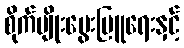
စိုက်ပျိုးမွေးမြူရေးနှင့်